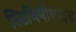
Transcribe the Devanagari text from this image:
स्टिवियोसाइड